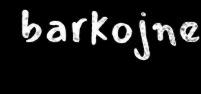
barkojne